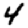
Digit: 4